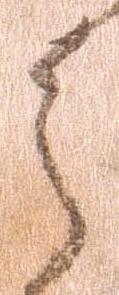
之